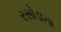
રસોડાના